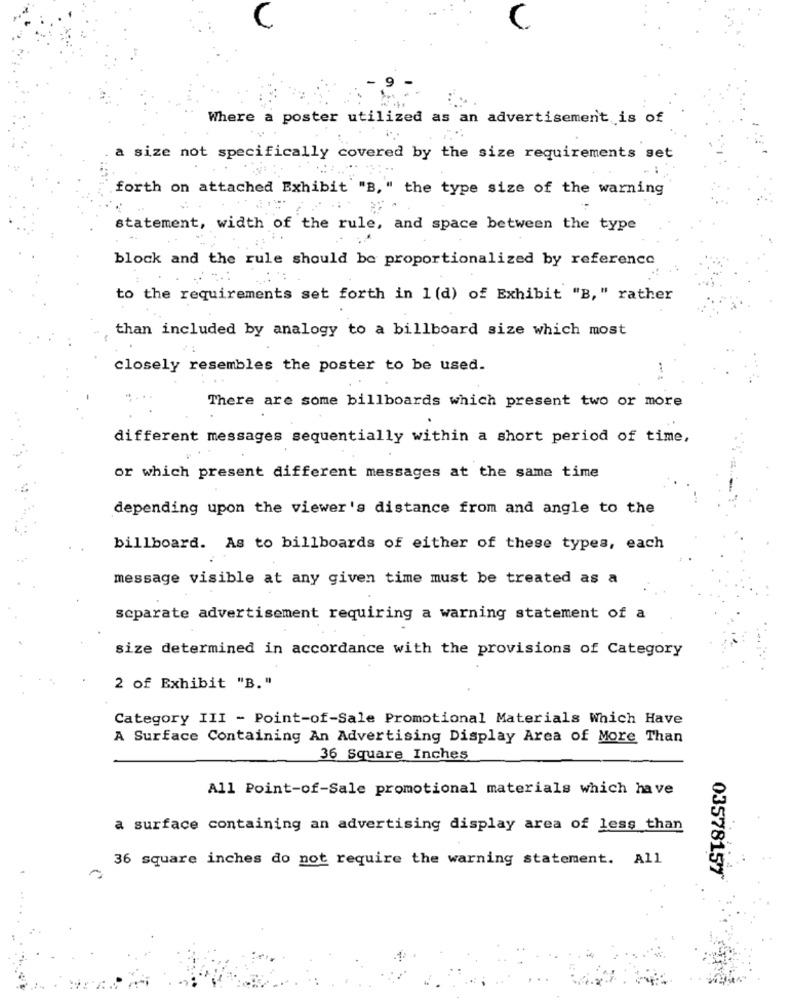
Where a poster utilized as an advertisement is of
a size not specifically covered by the size requirements set
forth on attached Exhibit "B, " the type size of the warning
statement, width of the rule, and space between the type
block and the rule should be proportionalized by reference
to the requirements set forth in 1 (d) of Exhibit "B," rather
than included by analogy to a billboard size which most
closely resembles the poster to be used.
There are some billboards which present two or more
different messages sequentially within a short period of time,
or which present different messages at the same time
depending upon the viewer's distance from and angle to the
billboard. As to billboards of either of these types, each
message visible at any given time must be treated as a
separate advertisement requiring a warning statement of a
size determined in accordance with the provisions of Category
2 of Exhibit "B."
Category III - Point-of-Sale Promotional Materials Which Have
A Surface Containing An Advertising Display Area of More Than
36 Square Inches
All Point-of-Sale promotional materials which have
a surface containing an advertising display area of less than
36 square inches do not require the warning statement. All
03578157